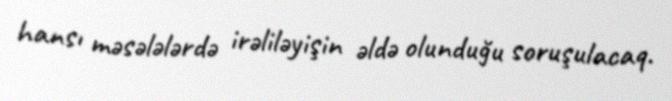
hansı məsələlərdə irəliləyişin əldə olunduğu soruşulacaq.